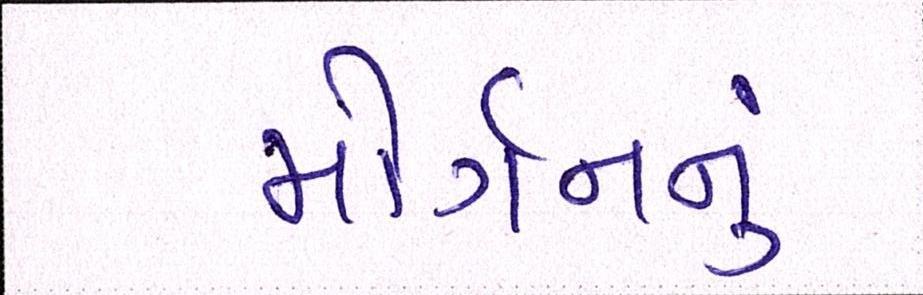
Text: મોર્ગનનું